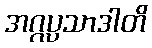
အဂ္ဂပ္ပသာဒါတိ